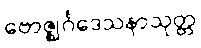
ဗောဇ္ဈင်္ဂဒေသနာသုတ္တ